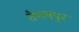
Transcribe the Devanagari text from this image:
तैय्यबपुर